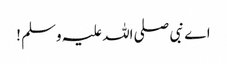
اے نبی صلی اللہ علیہ وسلم !